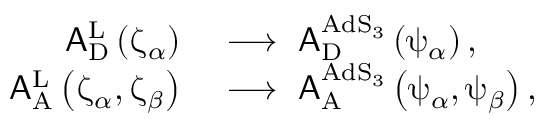
\begin{array} { r l } { \mathsf { A } _ { \mathrm { D } } ^ { \mathrm { L } } \left( \upzeta _ { \alpha } \right) } & { \, \, \longrightarrow \, \, \mathsf { A } _ { \mathrm { D } } ^ { \mathrm { A d S } _ { 3 } } \left( \uppsi _ { \alpha } \right) , } \\ { \mathsf { A } _ { \mathrm { A } } ^ { \mathrm { L } } \left( \upzeta _ { \alpha } , \upzeta _ { \beta } \right) } & { \, \, \longrightarrow \, \, \mathsf { A } _ { \mathrm { A } } ^ { \mathrm { A d S } _ { 3 } } \left( \uppsi _ { \alpha } , \uppsi _ { \beta } \right) , } \end{array}